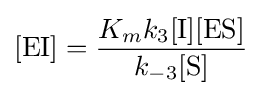
[{\mathrm {EI} }]={\frac {K_{m}k_{3}[{\ce {I}}][{\mathrm {ES} }]}{k_{-3}[{\ce {S}}]}}